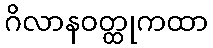
ဂိလာနဝတ္ထုကထာ